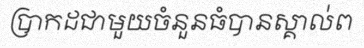
ប្រាកដជាមួយចំនួនធំបានស្គាល់ព